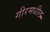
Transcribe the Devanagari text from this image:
गीरमधील